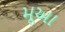
મૂઆ